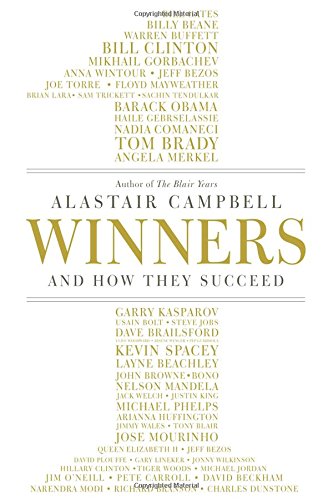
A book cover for Winners: And How They Succeed; Alastair Campbell; Self-Help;